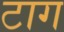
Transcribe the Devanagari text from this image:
टाग